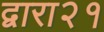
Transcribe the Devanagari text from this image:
द्वारा२१